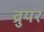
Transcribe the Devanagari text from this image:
ब्रुयर